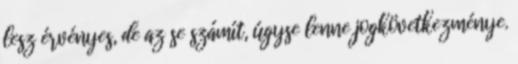
lesz érvényes, de az se számít, úgyse lenne jogkövetkezménye.